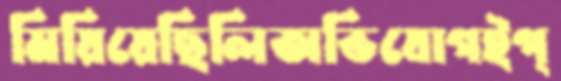
মিয়িয়েছিলিঅভিযোগইপ্